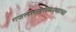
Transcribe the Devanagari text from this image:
गजलसादरीकरणाचा